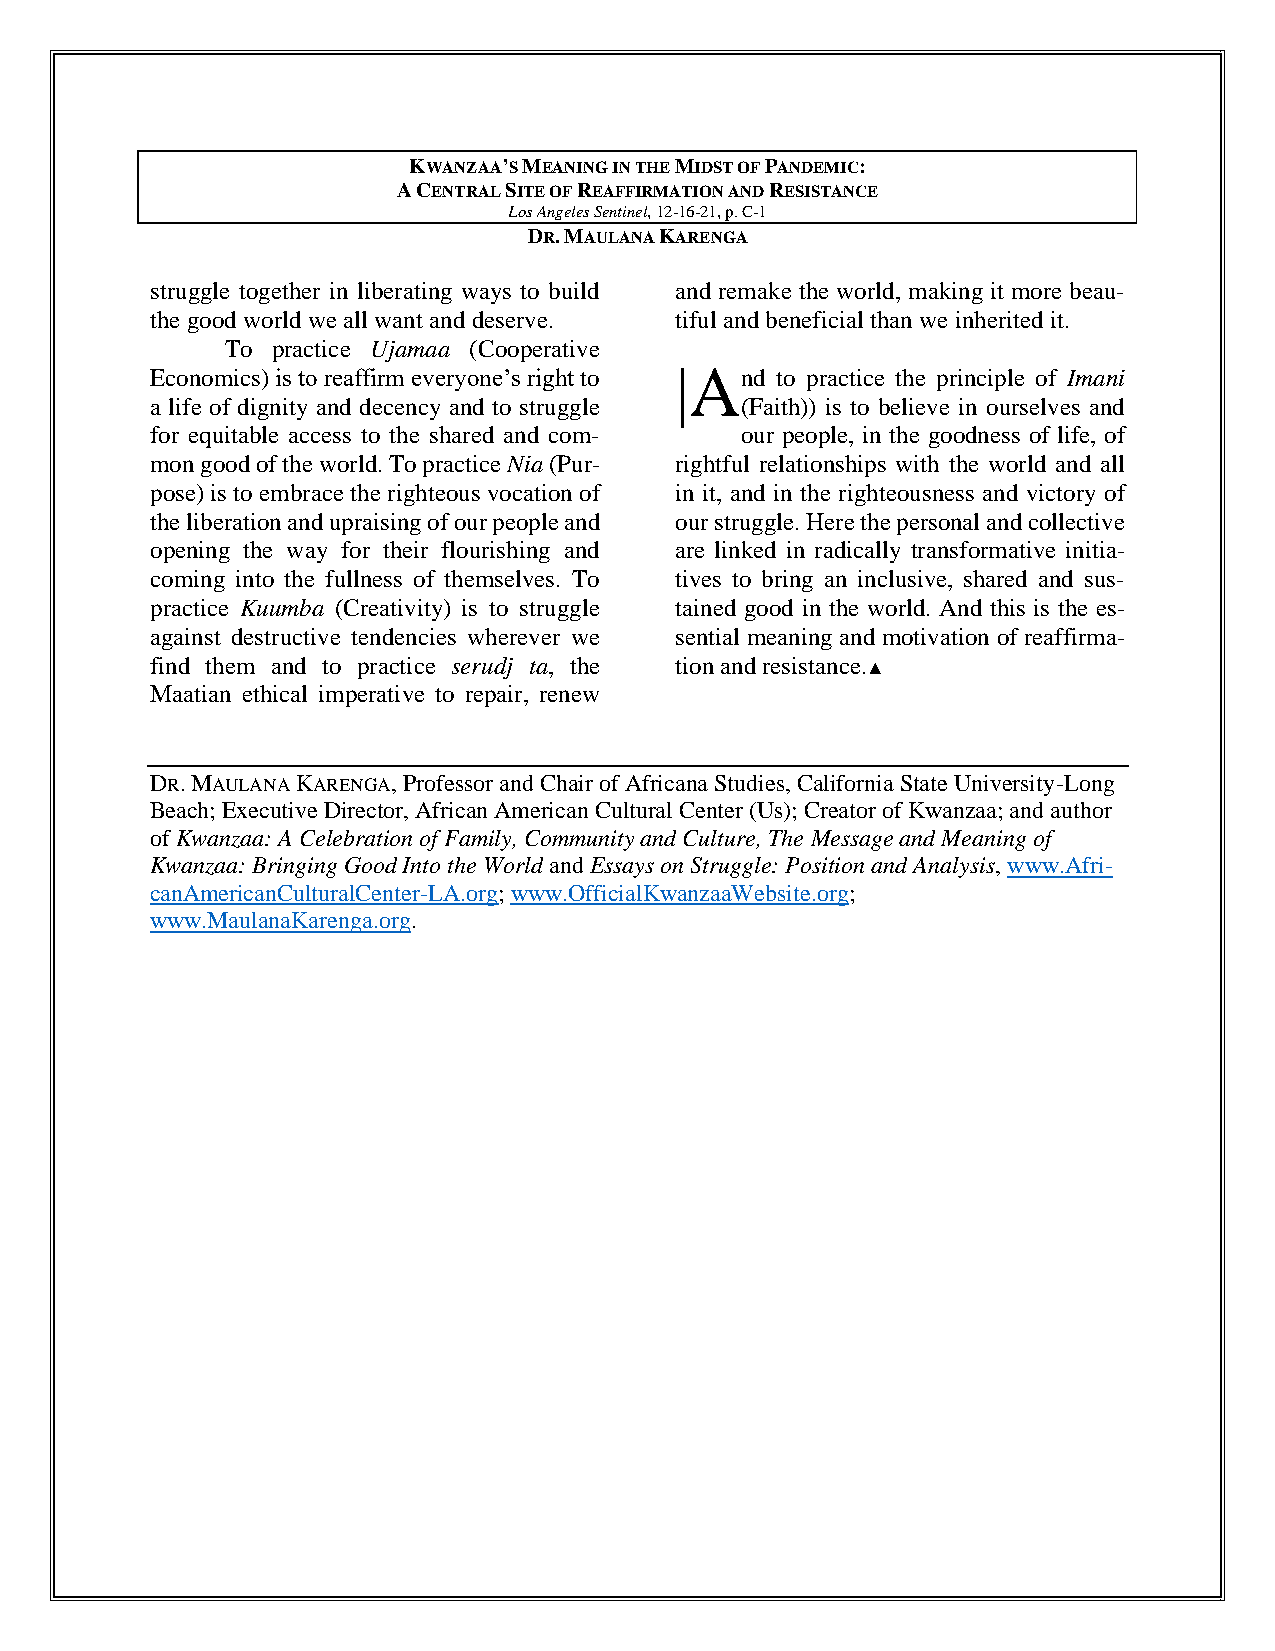
KWANZAA’S MEANING IN THE MIDST OF PANDEMIC:
 A CENTRAL SITE OF REAFFIRMATION AND RESISTANCE
 Los Angeles Sentinel, 12-16-21, p. C-1
 DR. MAULANA KARENGA
 struggle together in liberating ways to build and remake the world, making it more beau-
 the good world we all want and deserve. tiful and beneficial than we inherited it.
 To practice Ujamaa (Cooperative
 Economics) is to reaffirm everyone’s right to |A nd to practice the principle of Imani
 a life of dignity and decency and to struggle (Faith)) is to believe in ourselves and
 for equitable access to the shared and com- our people, in the goodness of life, of
 mon good of the world. To practice Nia (Pur- rightful relationships with the world and all
 pose) is to embrace the righteous vocation of in it, and in the righteousness and victory of
 the liberation and upraising of our people and our struggle. Here the personal and collective
 opening the way for their flourishing and are linked in radically transformative initia-
 coming into the fullness of themselves. To tives to bring an inclusive, shared and sus-
 practice Kuumba (Creativity) is to struggle tained good in the world. And this is the es-
 against destructive tendencies wherever we sential meaning and motivation of reaffirma-
 find them and to practice serudj ta, the tion and resistance.
 ▲
 Maatian ethical imperative to repair, renew
 DR. MAULANA KARENGA, Professor and Chair of Africana Studies, California State University-Long
 Beach; Executive Director, African American Cultural Center (Us); Creator of Kwanzaa; and author
 of Kwanzaa: A Celebration of Family, Community and Culture, The Message and Meaning of
 Kwanzaa: Bringing Good Into the World and Essays on Struggle: Position and Analysis, www.Afri-
 canAmericanCulturalCenter-LA.org; www.OfficialKwanzaaWebsite.org;
 www.MaulanaKarenga.org.